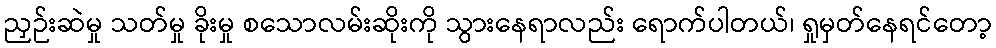
ညှဉ်းဆဲမှု သတ်မှု ခိုးမှု စသောလမ်းဆိုးကို သွားနေရာလည်း ရောက်ပါတယ်၊ ရှုမှတ်နေရင်တော့